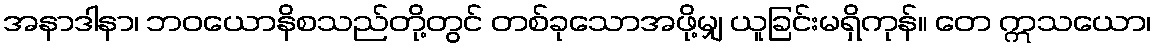
အနာဒါနာ၊ ဘဝယောနိစသည်တို့တွင် တစ်ခုသောအဖို့မျှ ယူခြင်းမရှိကုန်။ တေ ဣသယော၊